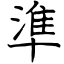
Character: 準